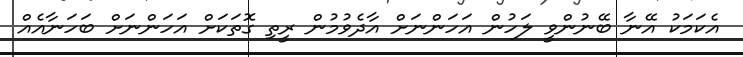
އެކަމަކު އޭނާ ބޭނުންވީ ލަހުން އަހަންނަށް އާދެވުމުން ރީތި ގޮތަކަށް އަހަންނަށް ބަހަނާއެއް